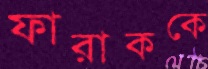
ফারাককে